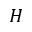
H